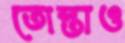
তোস্তাও